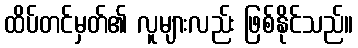
ထိပ်တင်မှတ်၏ လူများလည်း ဖြစ်နိုင်သည်။